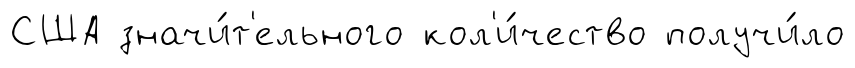
США значи́т'ельного кол'и́чество получи́ло